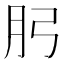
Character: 𭨧